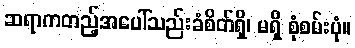
ဆရာကတည့်အပေါ်သည်းခံစိတ်ရှိ၊ မရှိ စုံစမ်းပုံ။